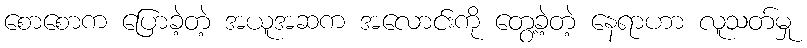
စောစောက ပြောခဲ့တဲ့ အယူအဆက အလောင်းကို တွေ့ခဲ့တဲ့ နေရာဟာ လူသတ်မှု